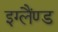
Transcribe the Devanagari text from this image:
इग्लैंण्ड